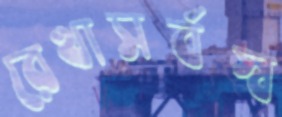
রেখাসর্বস্ব